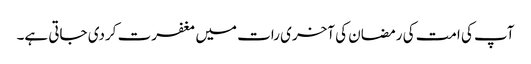
آپ کی امت کی رمضان کی آخری رات میں مغفرت کردی جاتی ہے۔